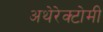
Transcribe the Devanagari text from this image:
अथेरेक्टोमी